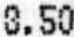
8.50